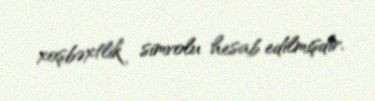
xoşbəxtlik simvolu hesab edilmişdir.